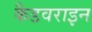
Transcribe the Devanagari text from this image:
कैडवराइन